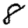
Digit: 8